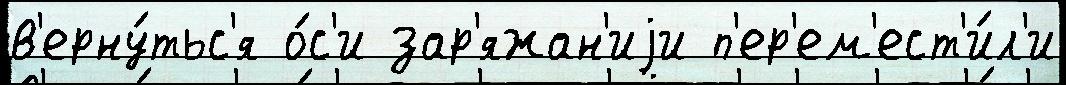
в'ерну́тьс'я о́с'и зар'яжан'иjи п'ер'ем'ест'и́л'и